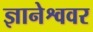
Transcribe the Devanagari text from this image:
ज्ञानेश्ववर